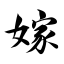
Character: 嫁